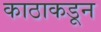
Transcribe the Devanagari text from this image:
काठाकडून